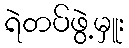
ရဲတပ်ဖွဲ့မှူး